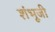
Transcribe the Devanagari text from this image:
शंभूजी